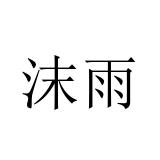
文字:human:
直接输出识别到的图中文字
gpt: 沫雨